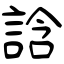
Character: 誝